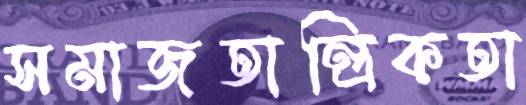
সমাজতান্ত্রিকতা